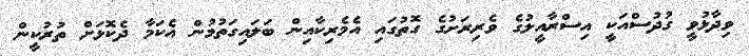
ވިދާޅުވީ ގުދުސްއަކީ އިސްރާއީލުގެ ވެރިރަށުގެ ގޮތުގައި އެމެރިކާއިން ބަލައިގަތުމުން އެކަމާ ދެކޮޅަށް ތުރުކީން